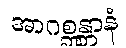
အာဂစ္ဆန္တာနံ